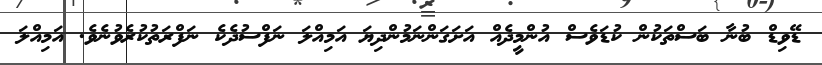
ޑޭވިޑް ބުނާ ބަސްތަކުން ކުޑަވެސް އުންމީދެއް އަށަގަންނަމުންދިޔަ އަމިއްލަ ނަފްސުދެކެ ނަފްރަތުކުރެވުނެވެ. އަމިއްލަ